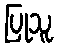
ပြုသူ